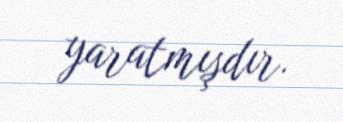
yaratmışdır.